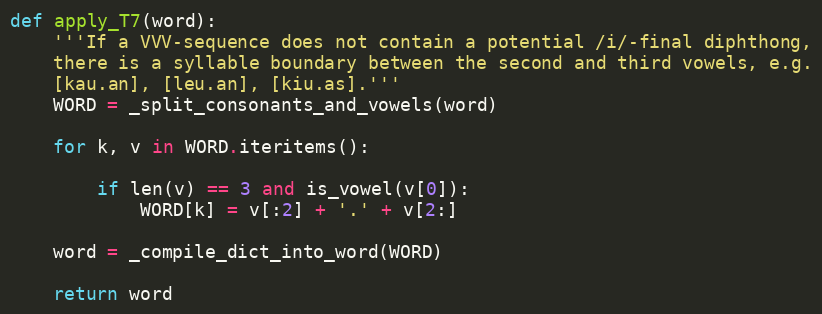
Language: Python
def apply_T7(word):
    '''If a VVV-sequence does not contain a potential /i/-final diphthong,
    there is a syllable boundary between the second and third vowels, e.g.
    [kau.an], [leu.an], [kiu.as].'''
    WORD = _split_consonants_and_vowels(word)

    for k, v in WORD.iteritems():

        if len(v) == 3 and is_vowel(v[0]):
            WORD[k] = v[:2] + '.' + v[2:]

    word = _compile_dict_into_word(WORD)

    return word